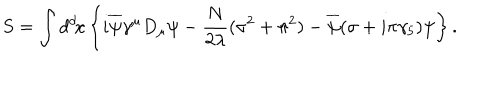
S = \int d ^ { d } \! x \left\{ i \overline { { { \psi } } } \gamma ^ { \mu } D _ { \mu } \psi - { \frac { N } { 2 \lambda } } ( \sigma ^ { 2 } + \pi ^ { 2 } ) - \overline { { { \psi } } } ( \sigma + i \pi \gamma _ { 5 } ) \psi \right\} .